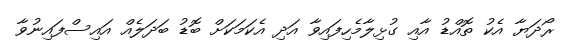
ރޯދަޔާ އެކު ތޮއްޑު އާއި ގުޅިލާމެހިފައިވާ އަދި އެކަމަކަށް ބޮޑު ބަދަލެއް އައިސްފައިނުވާ